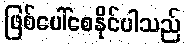
ဖြစ်ပေါ်စေနိုင်ပါသည်